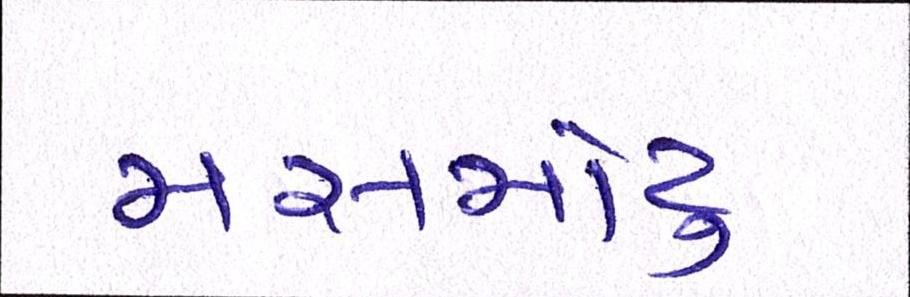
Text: મસમોટુ